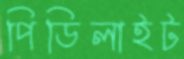
পিডিলাইট